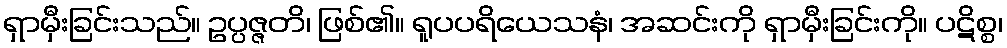
ရှာမှီးခြင်းသည်။ ဥပ္ပဇ္ဇတိ၊ ဖြစ်၏။ ရူပပရိယေသနံ၊ အဆင်းကို ရှာမှီးခြင်းကို။ ပဋိစ္စ၊